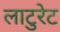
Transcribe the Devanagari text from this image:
लाटुरेट